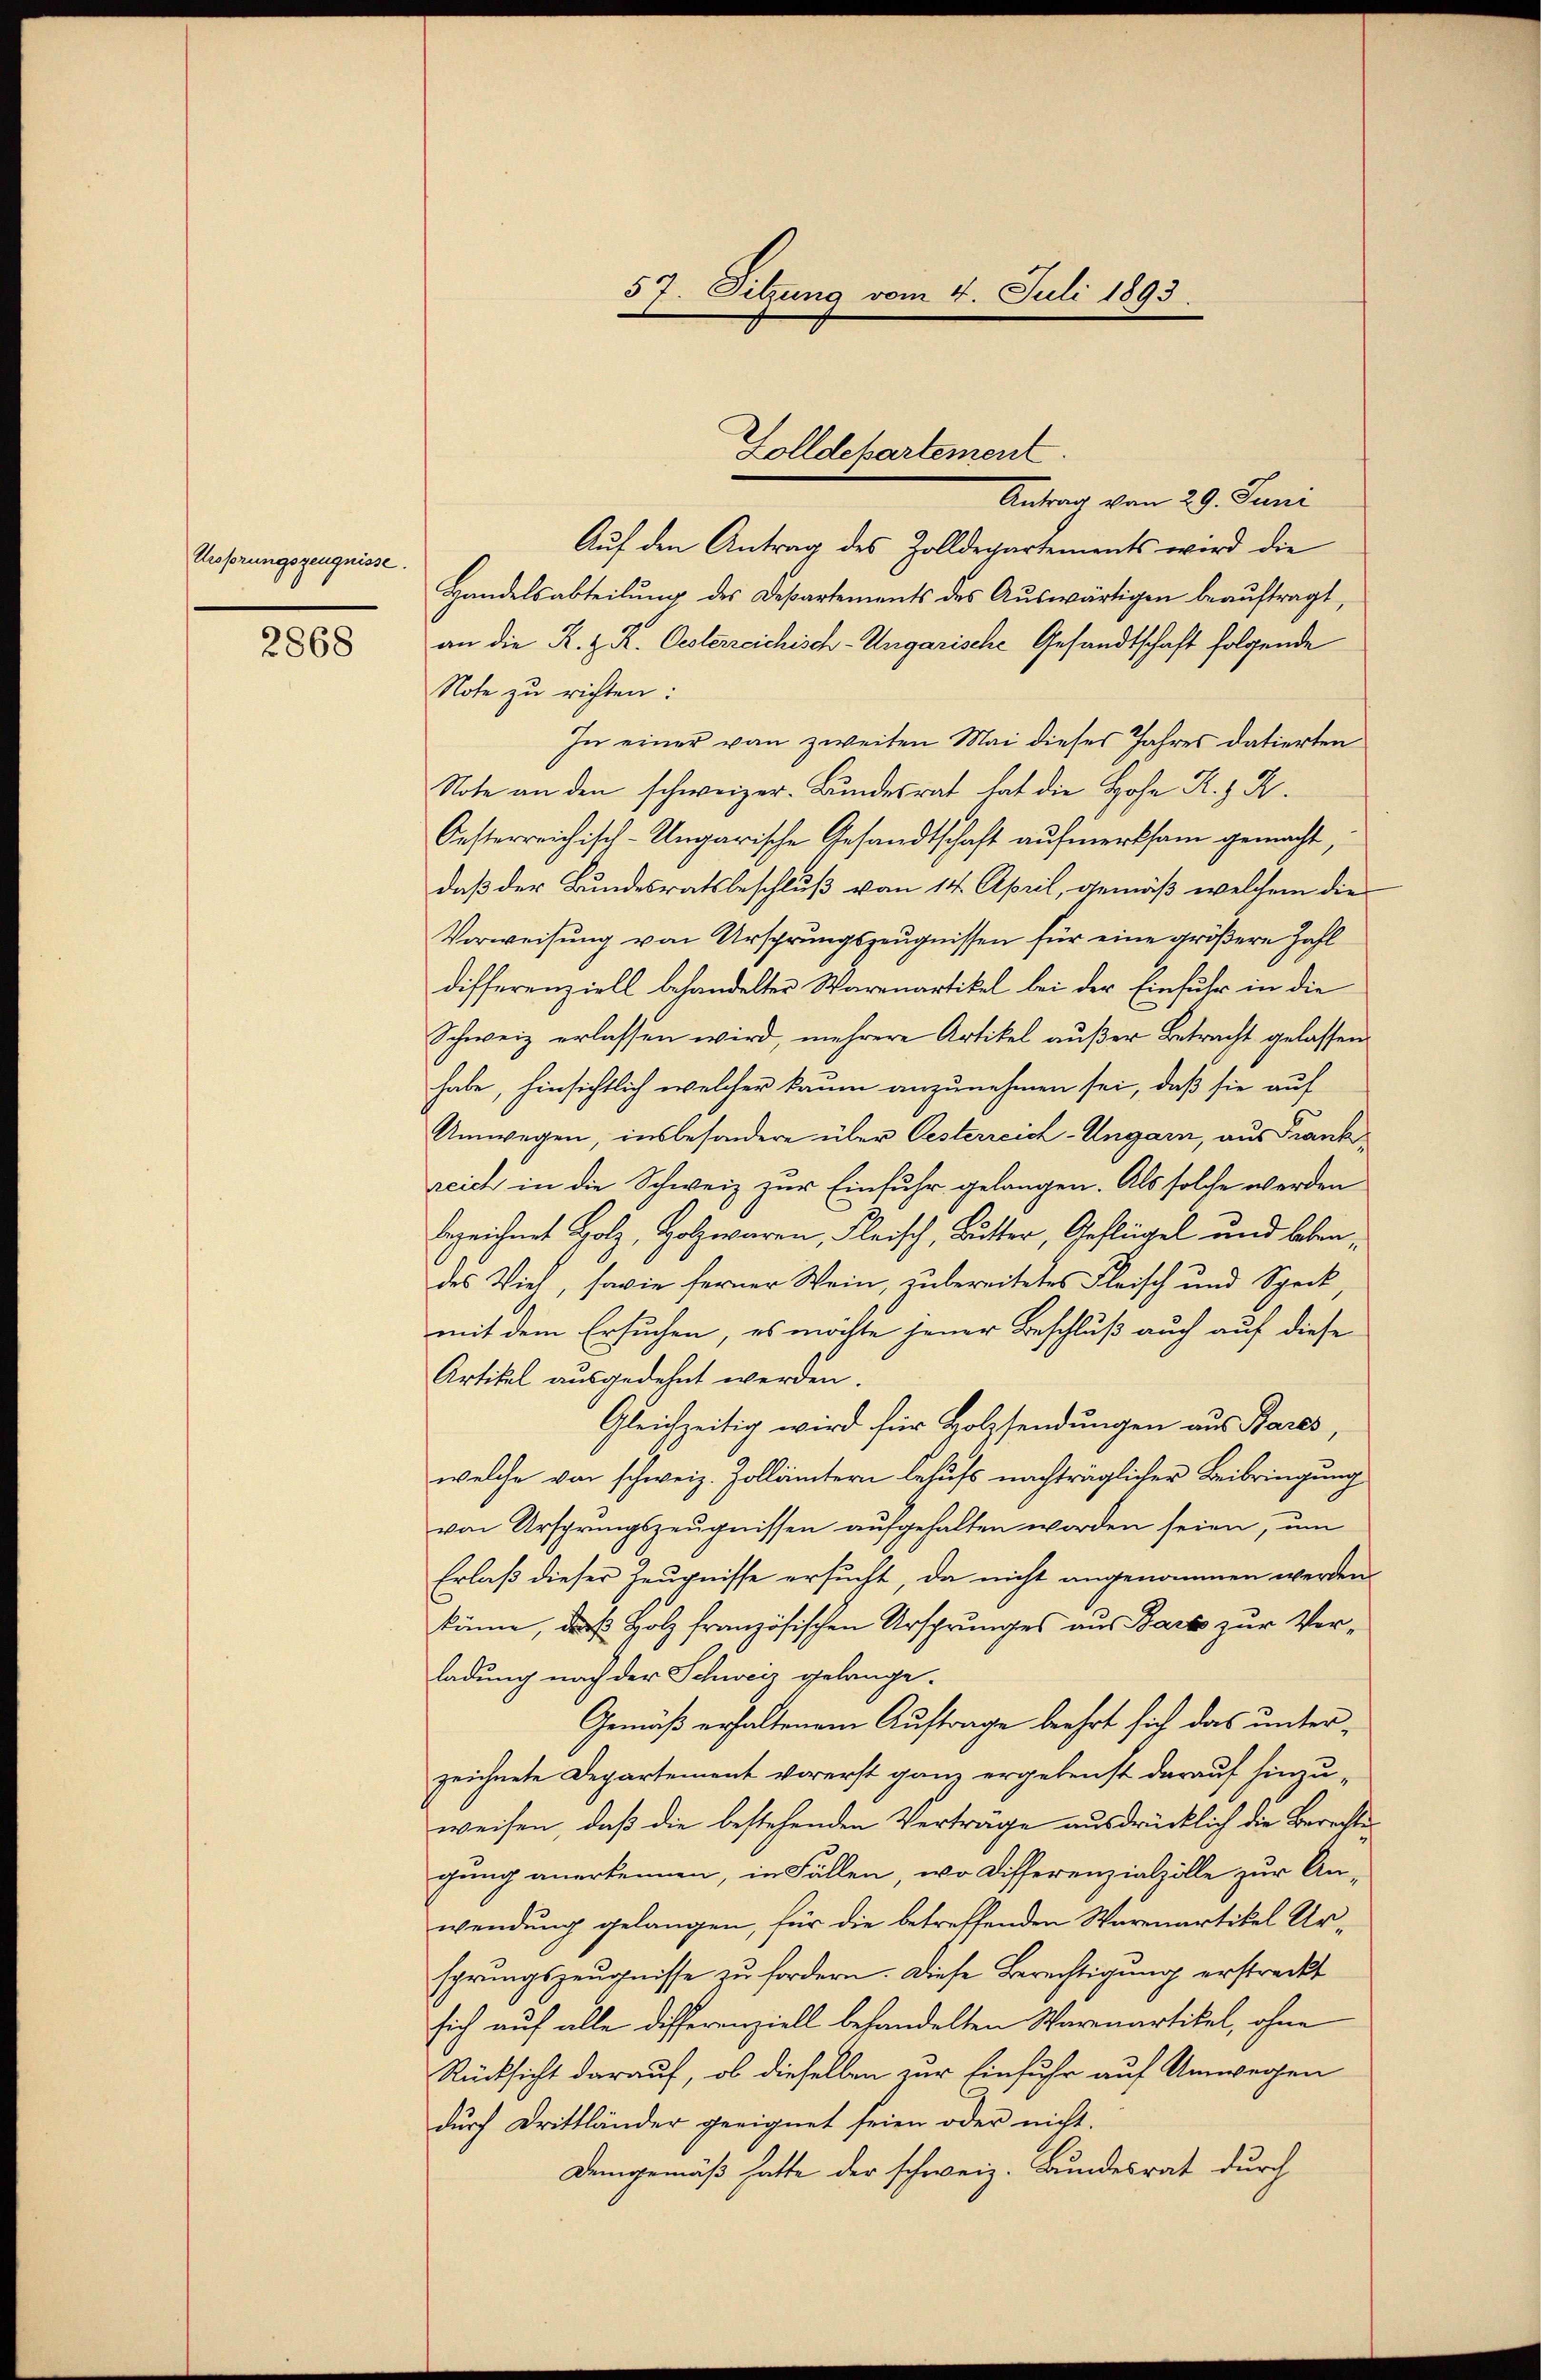
Ursprungszeugnisse.

2868

Antrag vom 29. Juni
Aŭf den Antrag des Zolldepartements wird die
Handelsabteilŭng des Departements des Aŭswärtigen beaŭftragt,
an die K. Z. K. Oesterreichisch-Ungarische Gesandtschaft folgende
Note zu richten:
In einer von zweiten Mai dieses Jahres datierten
Note an den schweizer. Bundesrat hat die Hohe R. R.
Oesterreichisch-Ungarische Gesandtschaft aufmerksam gemacht,
daß der Bundesratsbeschluß vom 14. April, gemäß welchem die
Vorweisung von Ursprungszeugnissen für eine größere Zahl
differenziell behandelter Warenartikel bei der Einfuhr in die
Schweiz erlassen wird, mehrere Artikel außer Betracht gelassen
habe, hinsichtlich welcher kaum anzunehmen sei, daß sie auf
Umwegen, insbesondere über Oesterreich-Ungarn, aus Frankreich in die Schweiz zur Einfuhr gelangen. Als solche werden
bezeichnet Holz, Holzwaren, Fleisch, Butter, Geflügel und leben
des Vieh, sowie ferner Wein, zu bereitetes Fleisch und Speck
mit dem Ersuchen, es möchte jener Beschluß auch auf diese
Artikel ausgedehnt werden.
Gleichzeitig wird für Holzsendungen aus Pares,
welche von schweiz. Zollämtern behufs nachträglicher Beibringung
von Ursprungszeugnissen aufgehalten worden seien, um
Erlaß dieser Zeugnisse ersucht, da nicht angenommen werden.
könne, das Holz französischen Ursprunges aus Bark zur Vorladung nach der Schweiz gelange-
Gemäß erhaltenem Auftrage beehrt sich das unter-
zeichnete Departement vorerst ganz ergebenst darauf hinzuweisen, daß die bestehenden Verträge ausdrücklich die Berechts
gung anerkennen, in Fällen, wo Differenzialzölle zur An-
wendung gelangen, für die betreffenden Warenartikel Ursprungszeugnisse zu fordern. Diese Berechtigung erstreckt
sich auf alle Differenziell behandelten Warenartikel, ohne
Rücksicht darauf, ob dieselben zur Einfuhr auf Umwegen
durch Drittländer geeignet seien oder nicht.
Demgemäß hatte der schweiz. Bundesrat durch

57. Sitzung vom 4. Juli 1893.

Zolldepartement.